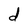
Character: d